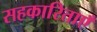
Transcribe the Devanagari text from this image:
सहकारिताएँ